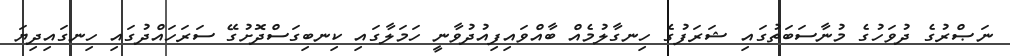
ނަޞްރުގެ ދުވަހުގެ މުނާސަބަތުގައި ޝަރަފުގެ ހިނގާލުމެއް ބާއްވައިފިއުދުވާނީ ހަމަލާގައި ކިނބިގަސްދޮށުގޭ ސަރަހައްދުގައި ހިނގައިދިޔަ